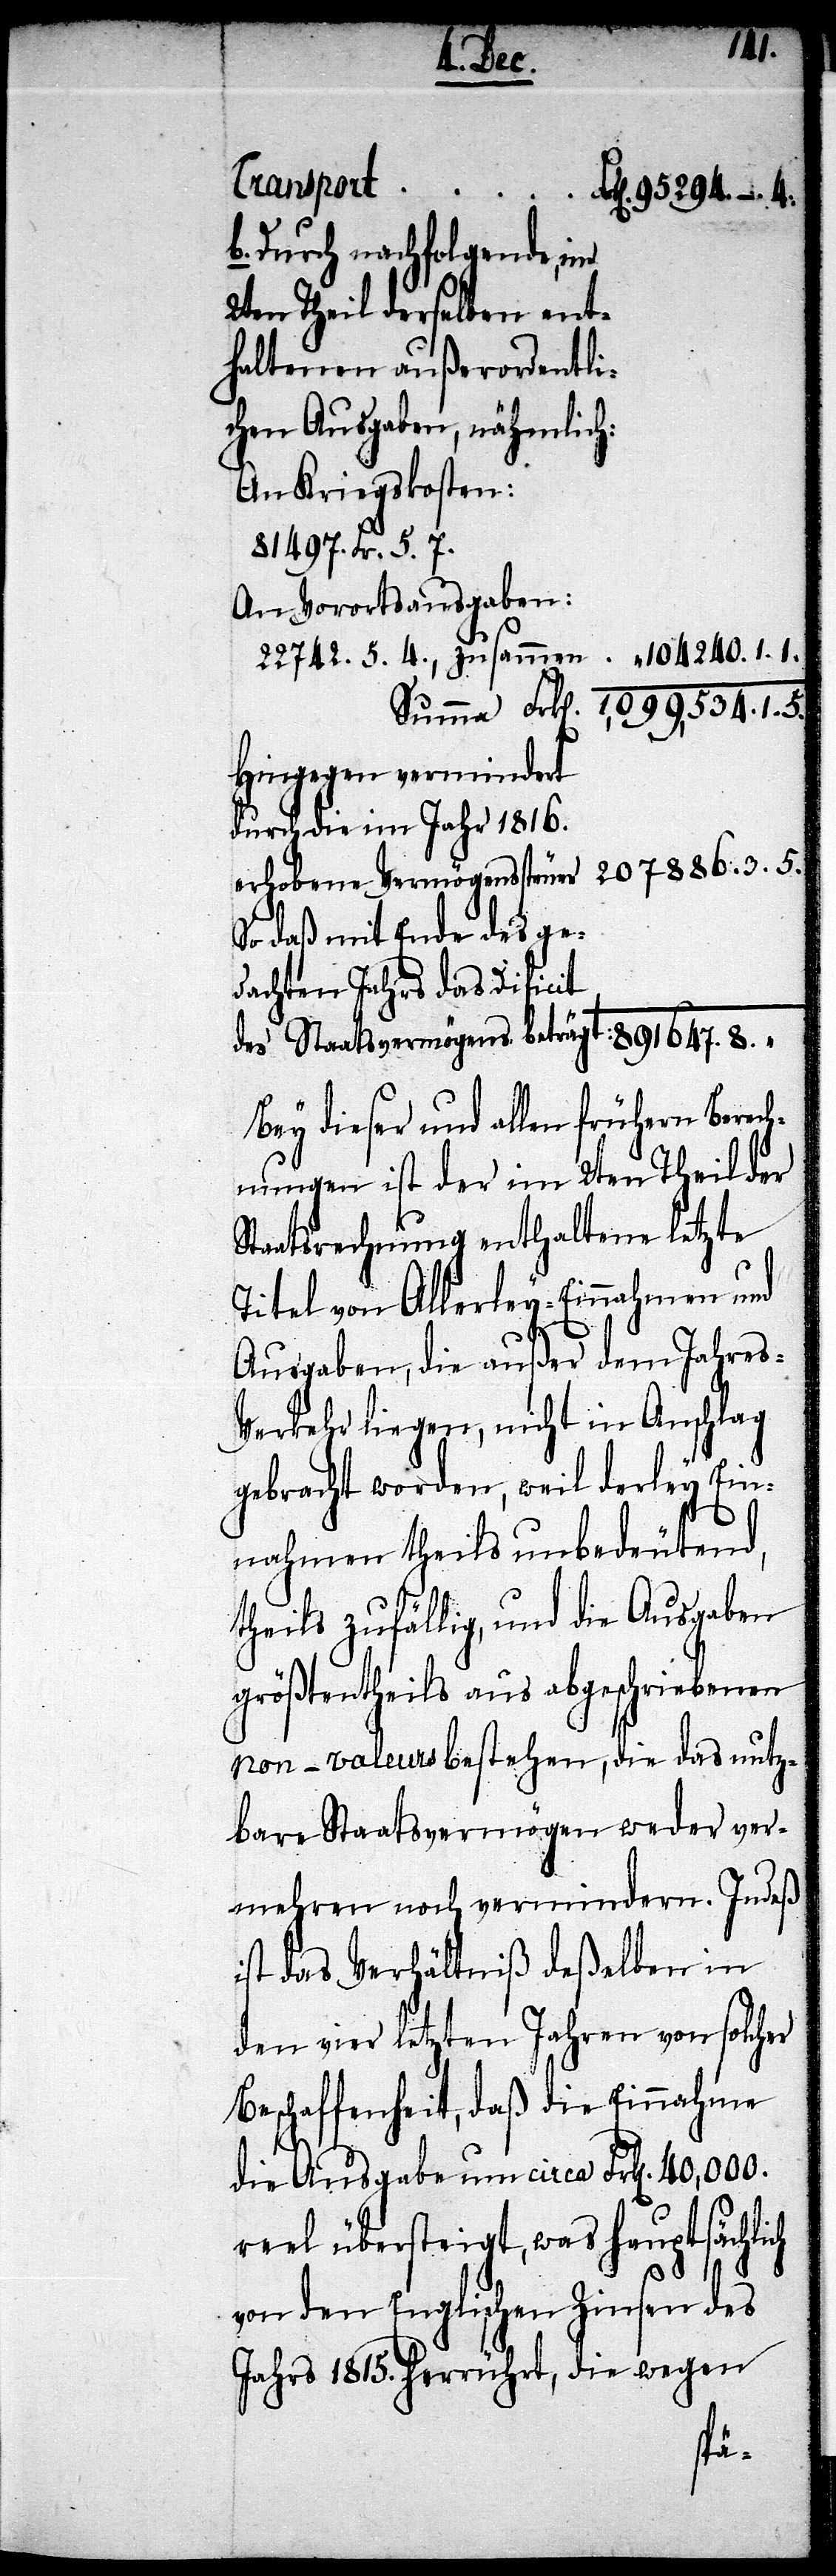
außerordentl¬
b. Durch nachfolgende, im
2ten Theil derselben ent¬
ichen Ausgaben, nämlich:
An Kriegskosten:
104240.1.1
1,099,534..1.5
Hingegen vermindert
durch die im Jahr 1816.
erhobene Vermögenssteuer 	 207886.3.5
So daß mit Ende des ge¬
dachten Jahrs das Deficit
Bey dieser und allen frühern Berech¬
nungen ist der im 2ten Theil der
Staatsrechnung enthaltene letzte
Titel von Allerley-Einnahmen und
Ausgaben, die außer dem Jahre-V¬
erkehr liegen, nicht in Anschlag
gebracht worden, weil derley Ein¬
nahmen theils unbedeutend,
theils zufällig, und die Ausgaben
größtentheils aus abgeschriebenen
non-valeurs bestehen, die das nutz¬
bare Staatsvermögen weder ver¬
mehren noch vermindern. Indeß
ist das Verhältniß deßelben in
den vier letzten Jahren von solcher
Beschaffenheit, daß die Einnahme
die Ausgabe um circa Frk[en]. 40,000.
reel übersteigt, was hauptsächlich
von dem Englischen Zinsen des
Jahrs 1815. herrührt, die wegen